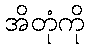
အိတုံကို